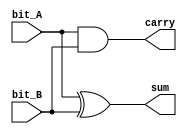
`timescale 1ns / 1ps

//////////////////////////////////////////////////////////////////////////////////
// ACS
// Computer Design 1
//  
// Module Name:  		half_adder_dataflow
// Project Name:		Laborator 6
// Target Devices: 	Digilent Nexys 3
//////////////////////////////////////////////////////////////////////////////////

module half_adder_dataflow(
		output sum,
		output carry,
		input bit_A,
		input bit_B
    );
	 
	// TODO 1.2: Implementati un half-adder utiliznd descrierea la nivel flux de date
	assign sum = bit_A ^ bit_B;
	assign carry = bit_A & bit_B;
	
endmodule